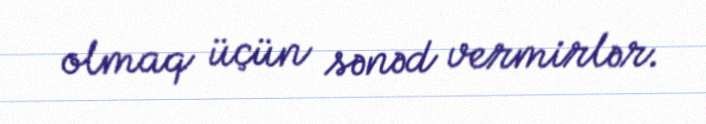
olmaq üçün sənəd vermirlər.